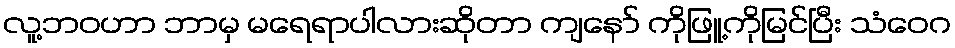
လူ့ဘဝဟာ ဘာမှ မရေရာပါလားဆိုတာ ကျနော် ကိုဖြူ့ကိုမြင်ပြီး သံဝေဂ